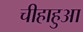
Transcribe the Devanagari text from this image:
चीहाहुआ